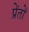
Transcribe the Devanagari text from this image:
प्रेंतों